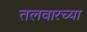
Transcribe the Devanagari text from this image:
तलवारच्या